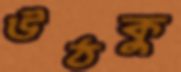
উঠকু